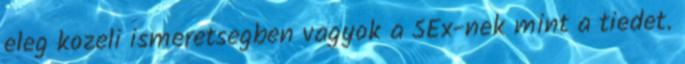
eleg kozeli ismeretsegben vagyok a SEx-nek mint a tiedet.